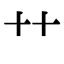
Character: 艹